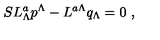
S L _ { \Lambda } ^ { a } p ^ { \Lambda } - L ^ { a \Lambda } q _ { \Lambda } = 0 \ ,